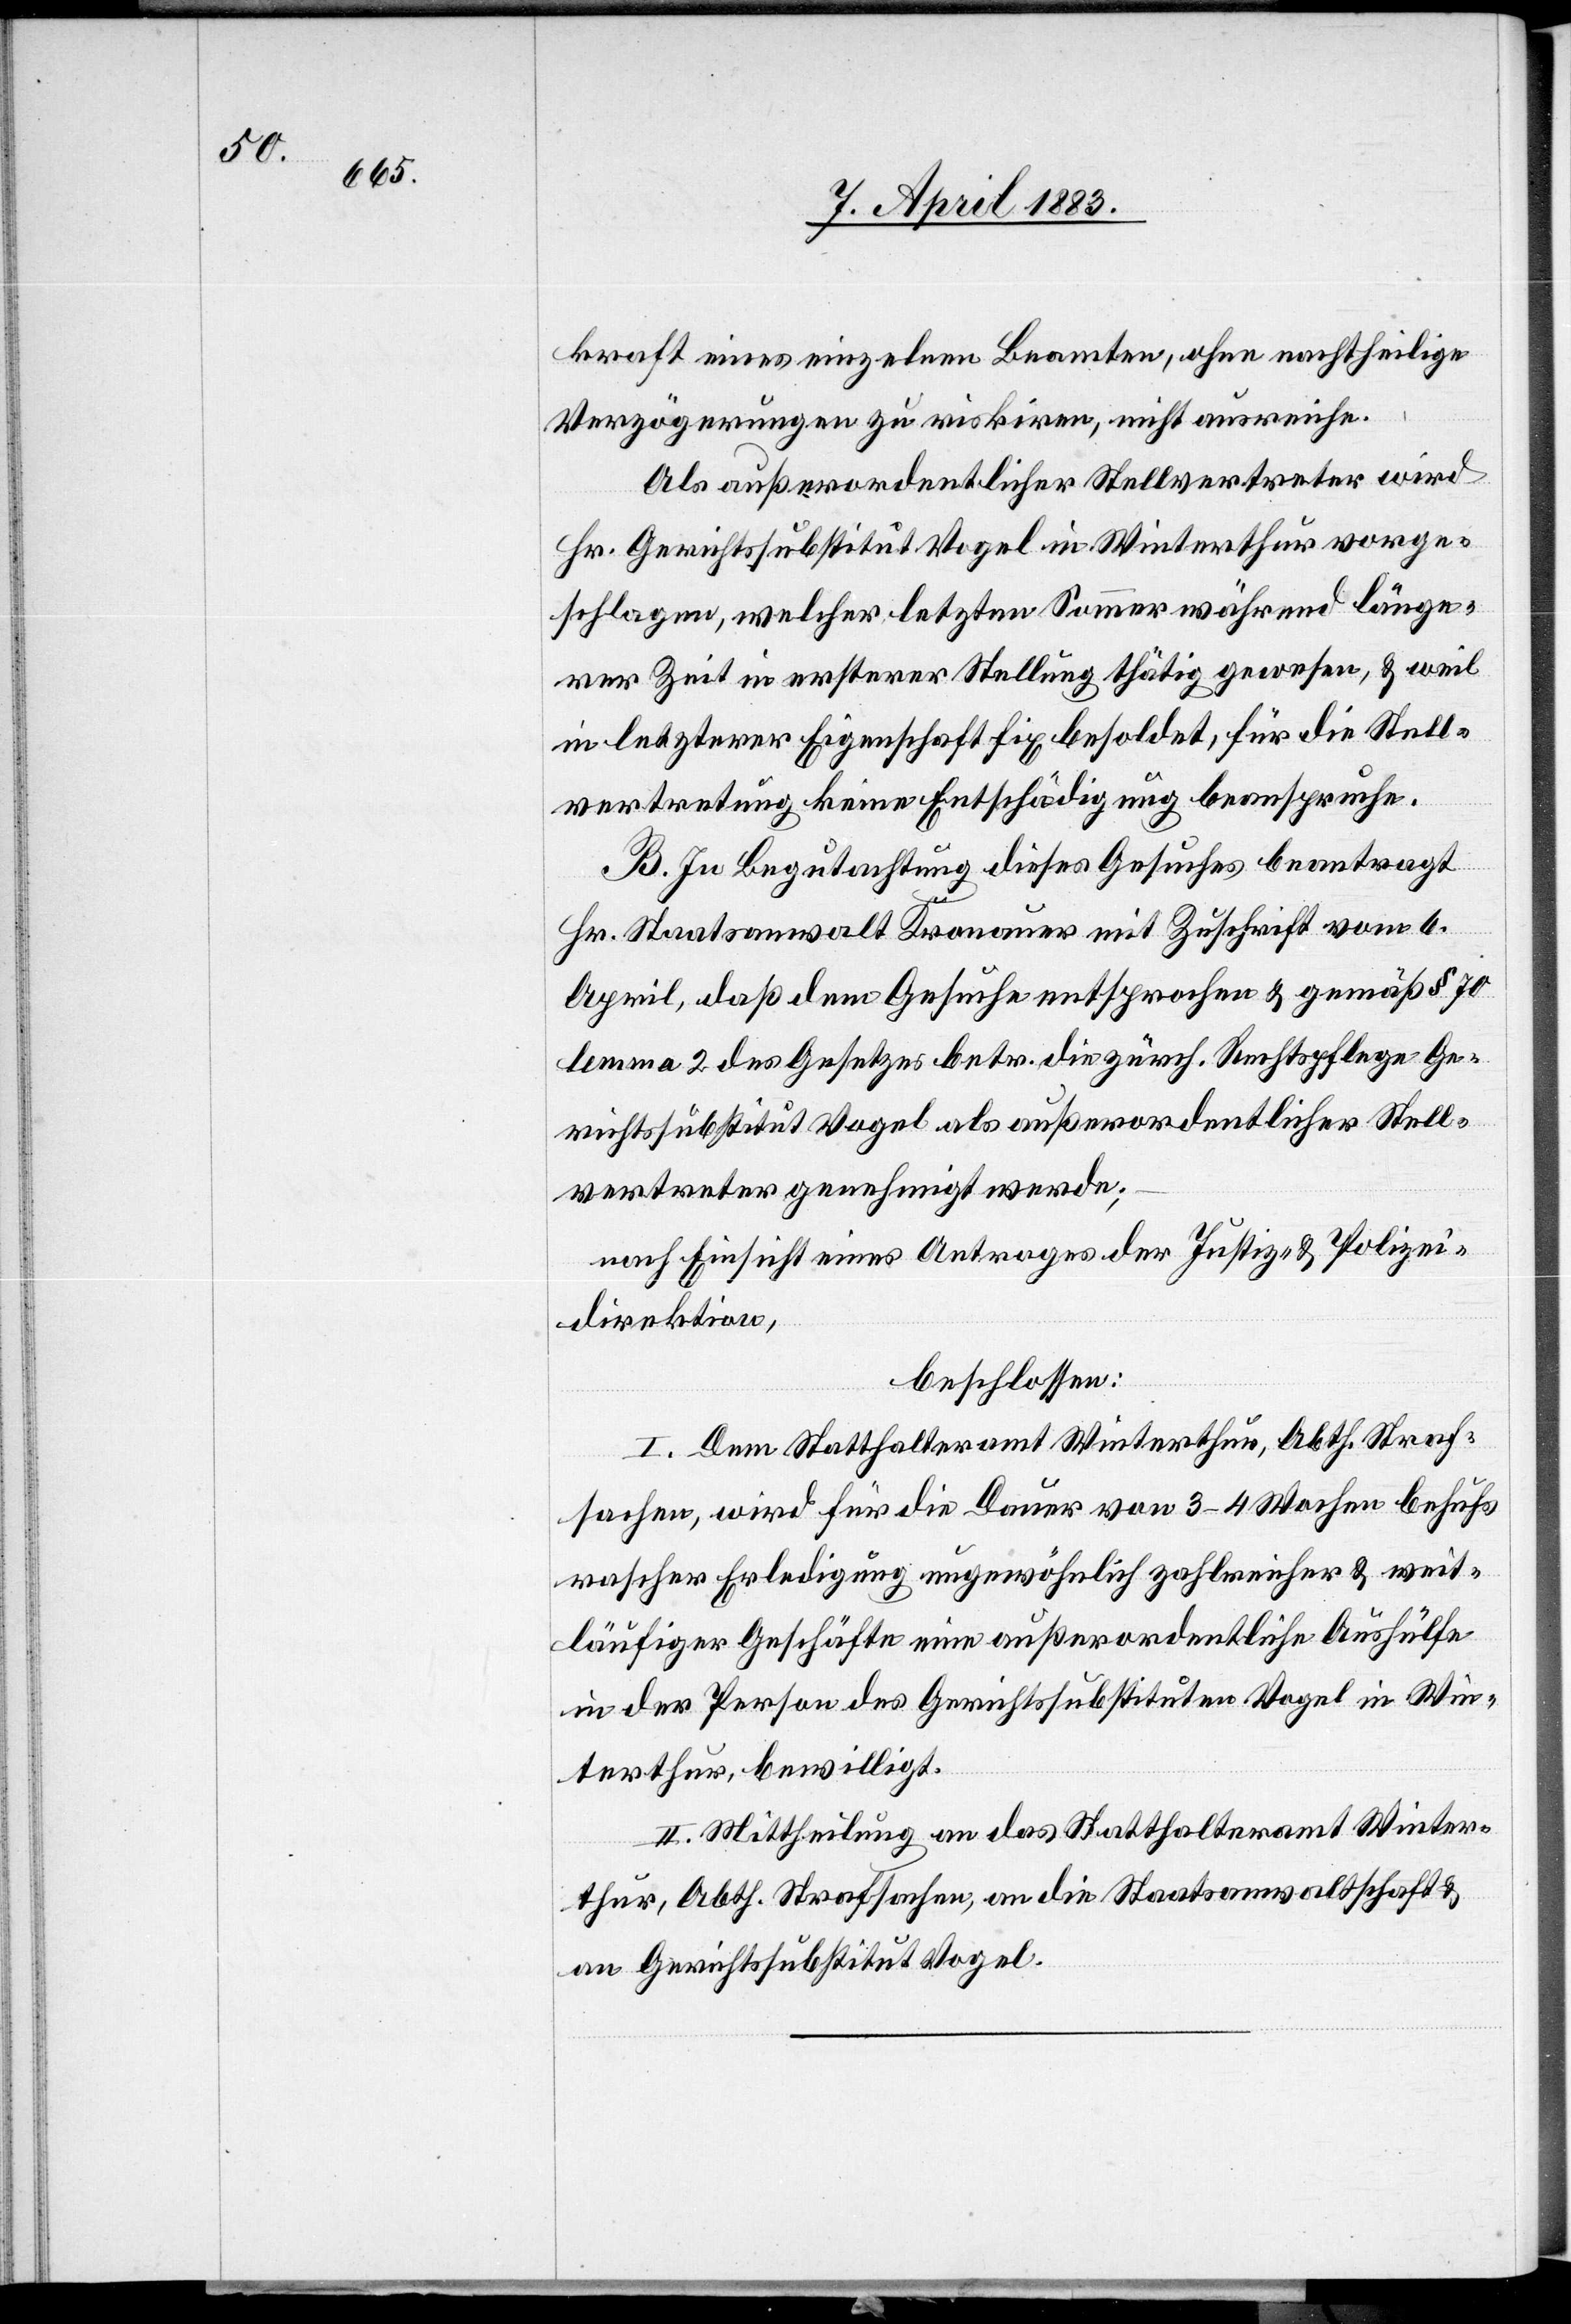
kraft eines einzelnen Beamten, ohne nachtheilige
Verzögerungen zu riskiren, nicht ausreiche.
Als außerordentlicher Stellvertreter wird
Hr. Gerichtssubstitut Vogel in Winterthur vorge¬
schlagen, welcher letzten Sommer während länge¬
rer Zeit in ersterer Stellung thätig gewesen, & weil
in letzterer Eigenschaft fix besoldet, für die Stell¬
vertretung keine Entschädigung beanspruche.
B. Zur Begutachtung dieses Gesuches beantragt
Hr. Staatsanwalt Kronauer mit Zuschrift vom 6.
April, daß dem Gesuche entsprochen & gemäß § 70
lemma 2 des Gesetzes betr. die zürch. Rechtspflege Ge¬
richtssubstitut Vogel als außerordentlicher Stell¬
vertreter genehmigt werde;
nach Einsicht eines Antrages der Justiz- & Polizei¬
direktion,
beschlossen:
I. Dem Statthalteramt Winterthur, Abth. Straf¬
sachen, wird für die Dauer von 3–4 Wochen behufs
rascher Erledigung ungewöhnlich zahlreicher & weit¬
läufiger Geschäfte eine außerordentliche Aushülfe
in der Person des Gerichtssubstituten Vogel in Win¬
terthur, bewilligt.
II. Mittheilung an das Statthalteramt Winter¬
thur, Abth. Strafsachen, an die Staatsanwaltschaft &
an Gerichtssubstitut Vogel.